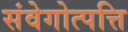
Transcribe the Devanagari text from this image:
संवेगोत्पत्ति